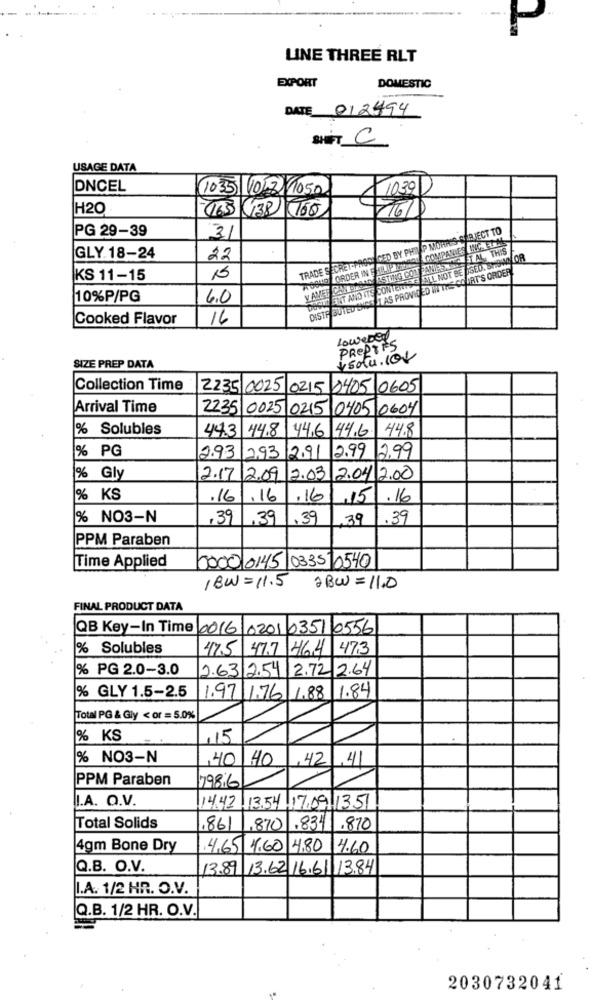
LINE THREE RLT
EXPORT
DOMESTIC
DATE 012494
Saint C
USAGE DATA
DNCEL
10:35 (1018 1050
1030
H20
165 (138 160
PG 29-39
TRADE SECRET-PRODUCED BY PHILLIP MORRIS CAR JECT TO
31
Od COMPANIES INCBUS
AS ASTING CON PANIES ET AL THIS
GLY 18-24
22
SE ALL NOT BE DISED. SHOWN OR
DISTE BUTED SHESET AS PROVIDED W THE COURT'S ORDER
ORDER IN EAU IP KIDS
KS 11-15
15
Y AMER CAN MASAS
Secun ENT AND ITS CONTENTSS
10%P/PG
6.0
Cooked Flavor
16
Lowebon
PREPTES
SIZE PREP DATA
ysolu.101
Collection Time
2235 0025
0215 0405 0605
Arrival Time
2235 0025 0215 0405 0604
% Solubles
44.3 44.8
44.6 446
44.8
% PG
2.99
2.93 2,93
12.91
12.99
% Gly
2.17|2.09
2.03
2.04 2.00
% KS
.16
.16
.16
.15
.16
% NO3-N
,39
,39
.39
39
.39
PPM Paraben
Time Applied
0000 0145 0335 0540
18W= 11.5
aBW= 11.0
FINAL PRODUCT DATA
QB Key-In Time 0016 0201 0351 0556
% Solubles
47.5 47.7
464 473
% PG 2.0-3.0
2.63 2.54/2.72 2.64
1.84
% GLY 1.5-2.5
1.97 1.76 1.88
Total PG & Gly < or = 5.0%
% KS
115
% NO3-N
40
40
,42
.41
PPM Paraben
179816
I.A. Q.V.
14.42 13.54 17.09|1351
Total Solids
,861
,870
.834
1.870
4gm Bone Dry
4,65 1.60
4.80
4.60
Q.B. O.V.
13.89 13.62. 16.61113.84
I.A. 1/2 HR. O.V.
Q.B. 1/2 HR. O.V.
2030732041